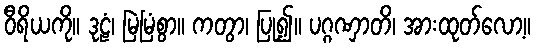
ဝီရိယကို။ ဒုဠံ၊ မြဲမြံစွာ။ ကတွာ၊ ပြု၍။ ပဂ္ဂဏှာတိ၊ အားထုတ်လော့။